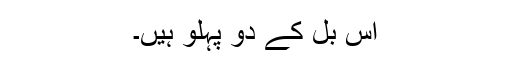
اس بل کے دو پہلو ہیں۔